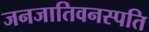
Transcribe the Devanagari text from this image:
जनजातिवनस्पति